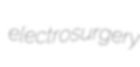
electrosurgery